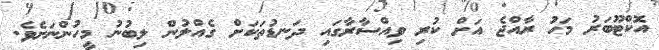
އޮކްޓޫބަރު މަހު ރާއްޖެ އަށް ކުރި ވިއްސާރާގައި ދަނޑުތަކަށް ގެއްލުން ލިބުނު މީހުންނަށެވެ.